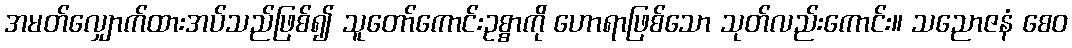
အမတ်လျှောက်ထားအပ်သည်ဖြစ်၍ သူတော်ကောင်းဥစ္စာကို ဟောရာဖြစ်သော သုတ်လည်းကောင်း။ သညောဇနံ စေဝ